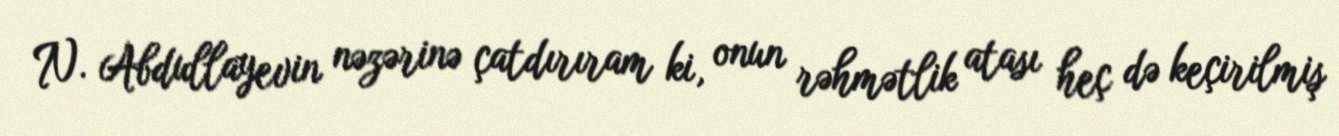
N. Abdullayevin nəzərinə çatdırıram ki, onun rəhmətlik atası heç də keçirilmiş